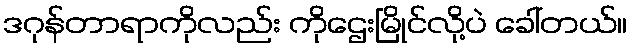
ဒဂုန်တာရာကိုလည်း ကိုဌေးမြိုင်လို့ပဲ ခေါ်တယ်။